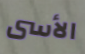
الأسى